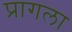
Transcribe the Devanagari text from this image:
प्रागला